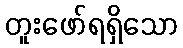
တူးဖော်ရရှိသော